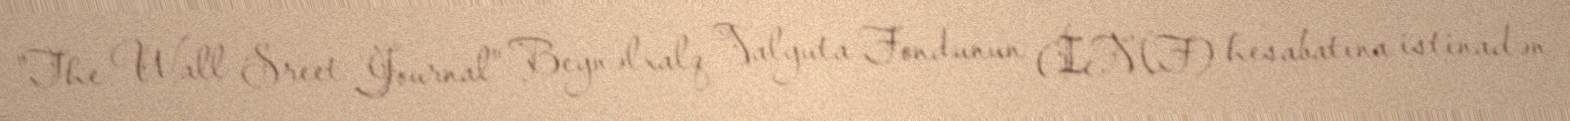
"The Wall Sreet Journal" Beynəlxalq Valyuta Fondunun (İMF) hesabatına istinadən